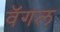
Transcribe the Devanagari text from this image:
वॅगल